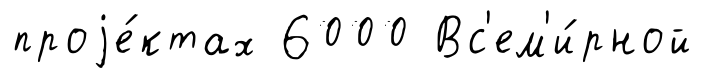
проjе́ктах 6000 Вс'ем'и́рной